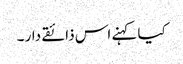
کیا کہنے اس ذائقے دار ۔